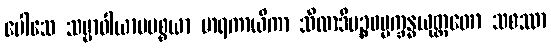
ပေါသေ သမ္မာဝါယာမပစ္စယာ မာရကာယိကာ သီလာဒိပဉ္စဓမ္မက္ခန္ဓယုတ္တတော သစဿာ